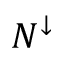
N ^ { \downarrow }